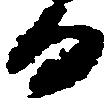
日